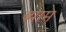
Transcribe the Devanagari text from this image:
ब्याम